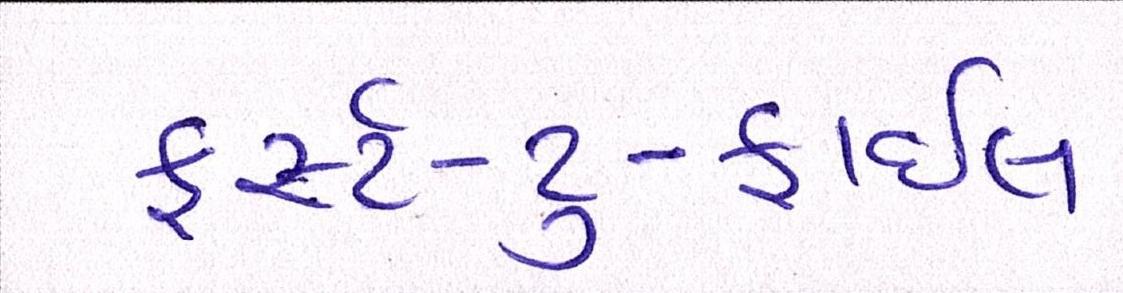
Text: ફર્સ્ટ-ટુ-ફાઇલ